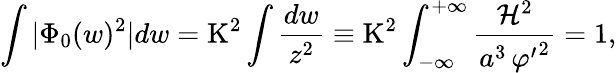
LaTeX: \int|\Phi_{0}(w)^{2}|dw=\mathrm{K}^{2}\int\frac{dw}{z^{2}}\equiv\mathrm{K}^{2}\int_{-\infty}^{+\infty}\frac{{\cal H}^{2}}{a^{3}\, {\varphi^{\prime}}^{2}}=1,